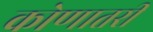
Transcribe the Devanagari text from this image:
कोणातरी